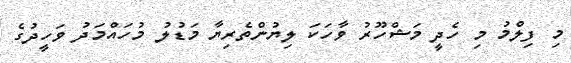
މި ފިލްމު މި ހެދީ މަޝްހޫރު ވާހަކަ ލިޔުންތެރިޔާ މަޑުލު މުހައްމަދު ވަހީދުގެ